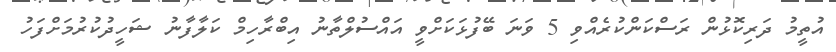
އުތީމު ދަރިކޮޅުން ރަސްކަންކުރެއްވި 5 ވަނަ ބޭފުޅަކަށްވީ އައްސުލްތާނު އިބްރާހިމް ކަލާފާނު ޝަހީދުކުރުމަށްފަހު